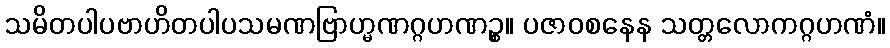
သမိတပါပဗာဟိတပါပသမဏဗြာဟ္မဏဂ္ဂဟဏဉ္စ။ ပဇာဝစနေန သတ္တလောကဂ္ဂဟဏံ။